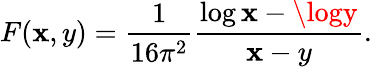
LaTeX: F(\mathbf{x},y)=\frac{{1}}{{16\pi^{2}}}\frac{{\log\mathbf{x}-\logy}}{{\mathbf{x}-y}}.